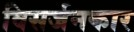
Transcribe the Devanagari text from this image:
विसर्जनकार